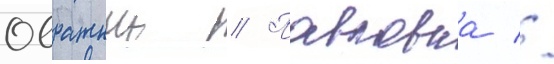
Овражныи // Павловка //